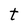
Character: t